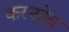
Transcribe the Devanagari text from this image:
करनदेव